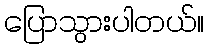
ပြောသွားပါတယ်။